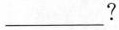
___ ?